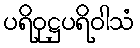
ပရိဝုဋ္ဌပရိဝါသံ